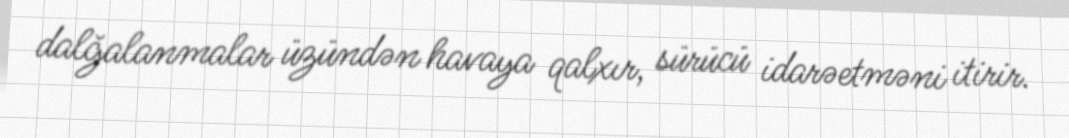
dalğalanmalar üzündən havaya qalxır, sürücü idarəetməni itirir.